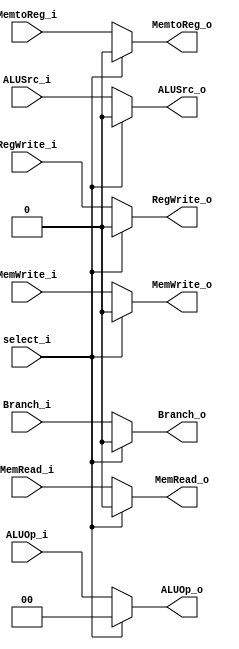
module MUX_Control
(
	select_i,
	ALUOp_i,
	ALUOp_o,
	ALUSrc_i,
	ALUSrc_o,
	Branch_i,
	Branch_o,
	MemRead_i,
	MemRead_o,
	MemWrite_i,
	MemWrite_o,
	RegWrite_i,
	RegWrite_o,
	MemtoReg_i,
	MemtoReg_o
);

input select_i;
input  [1:0] ALUOp_i;
output [1:0] ALUOp_o;
input ALUSrc_i;
output ALUSrc_o;
input Branch_i;
output Branch_o;
input MemRead_i;
output MemRead_o;
input MemWrite_i;
output MemWrite_o;
input RegWrite_i;
output RegWrite_o;
input MemtoReg_i;
output MemtoReg_o;

assign ALUOp_o = (select_i==1'b0) ? ALUOp_i : 2'b00;
assign ALUSrc_o = (select_i==1'b0) ? ALUSrc_i : 1'b0;
assign Branch_o = (select_i==1'b0) ? Branch_i : 1'b0;
assign MemRead_o = (select_i==1'b0) ? MemRead_i : 1'b0;
assign MemWrite_o = (select_i==1'b0) ? MemWrite_i : 1'b0;
assign RegWrite_o = (select_i==1'b0) ? RegWrite_i : 1'b0;
assign MemtoReg_o = (select_i==1'b0) ? MemtoReg_i : 1'b0;

endmodule